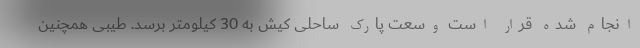
انجام شده قرار است وسعت پارک ساحلی کیش به 30 کیلومتر برسد. طیبی همچنین